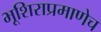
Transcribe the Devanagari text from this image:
भूशिराप्रमाणेच